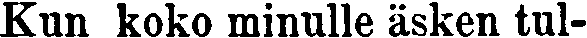
Kun koko minulle äsken tul-